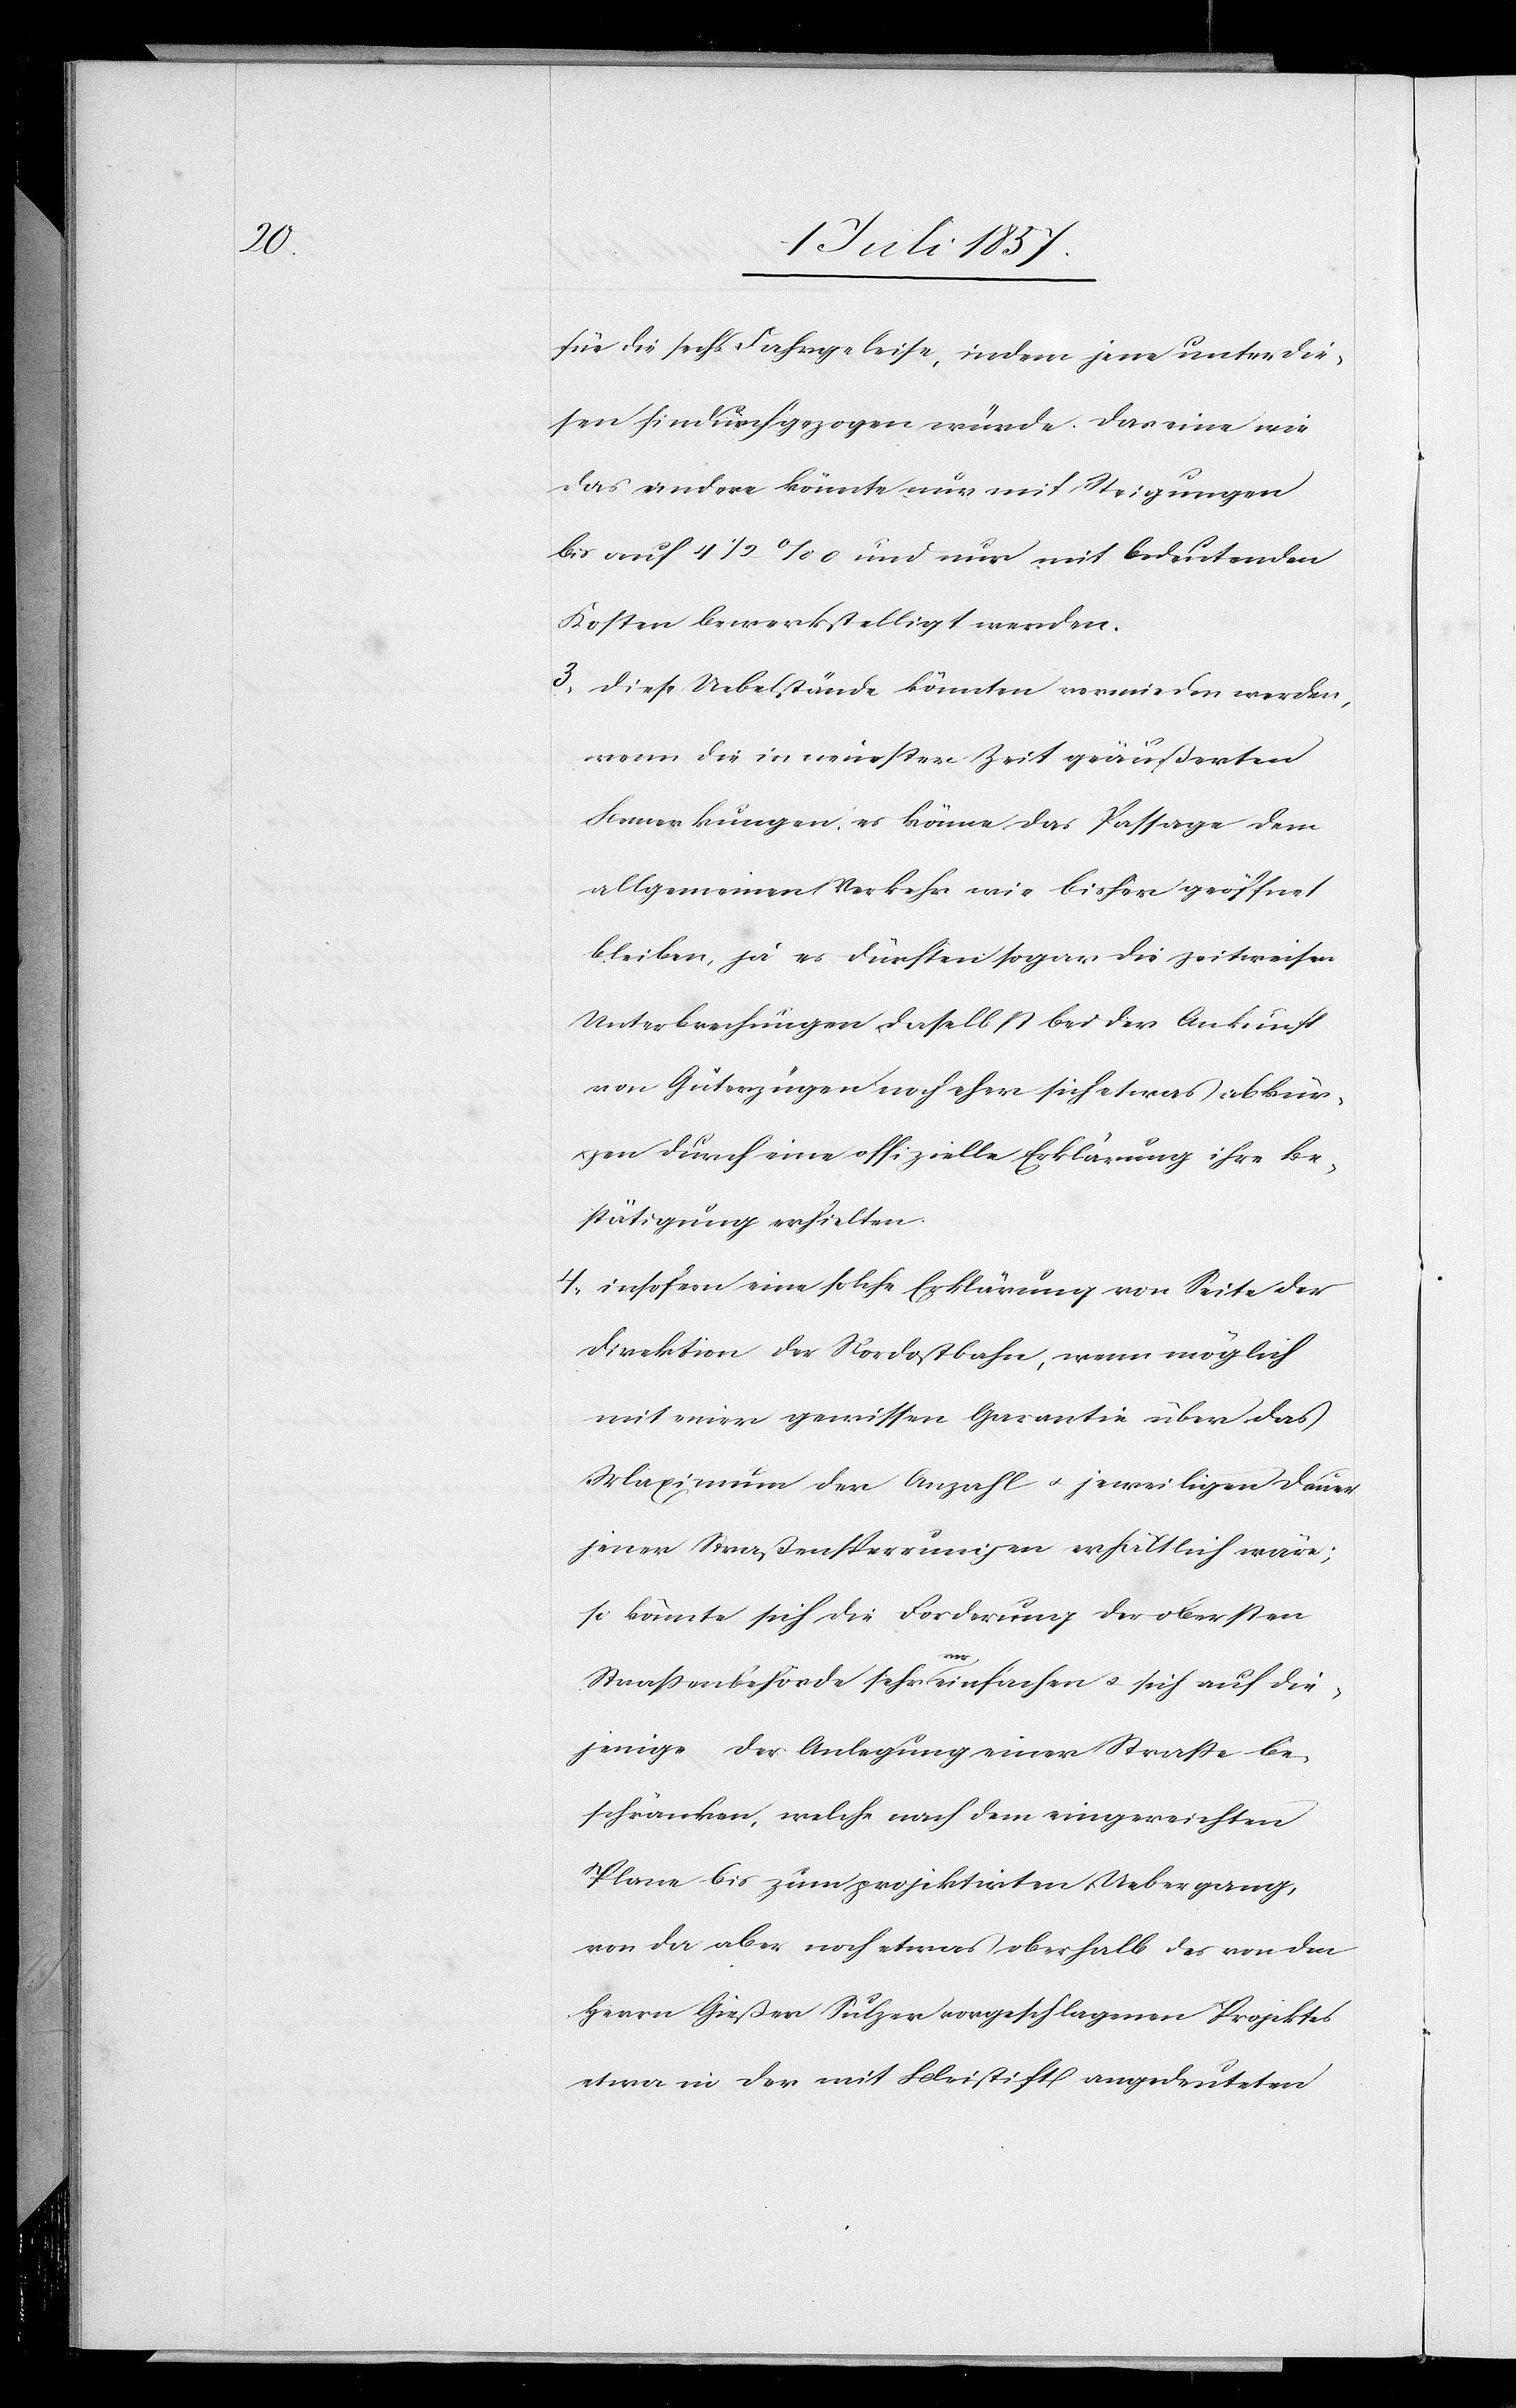
für die sechs Fahrgeleise, indem jene unter die¬
sen hindurchgezogen würde. Das eine wie
das andere könnte nur mit Steigungen
bis auf 4 1/2‰ und nur mit bedeutenden
Kosten bewerkstelligt werden.
3. Diese Uebelstände könnten vermieden werden,
wenn die in neuester Zeit geäußerten
Bemerkungen, es könne das Passage dem
allgemeinen Verkehr wie bisher geöffnet
bleiben, ja es dürften sogar die zeitweisen
Unterbrechungen daselbst bei der Ankunft
von Güterzügen noch eher sich etwas abkür¬
zen durch eine offizielle Erklärung ihre Be¬
stätigung erhielten.
4. insofern [sic!] eine solche Erklärung von Seite der
Direktion der Nordostbahn, wenn möglich
mit einer gewissen Garantie über das
Maximum der Anzahl & jeweiligen Dauer
jener Straßensperrungen erhältlich wäre;
so könnte sich die Forderung der obersten
Straßenbehörde sehr vereinfachen & sich auf die¬
jenige der Anlegung einer Straße be¬
schränken, welche nach dem eingereichten
Plane bis zum projektirten Uebergang,
von da aber noch etwas oberhalb des von den
Herrn Gießer Sulzer vorgeschlagenen Projektes
etwa in der mit Bleistift angedeuteten